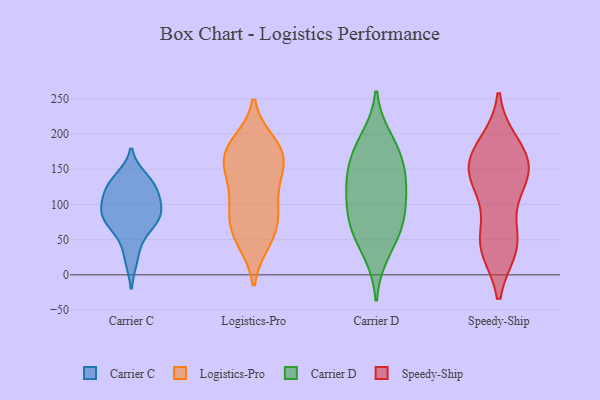
{"axis": {"x": "Headcount", "y": "Value"}, "legend": ["Carrier C", "Carrier D", "Logistics-Pro", "Speedy-Ship"], "data": [{"x": "", "y": 23, "type": "Carrier C"}, {"x": "", "y": 125, "type": "Carrier C"}, {"x": "", "y": 81, "type": "Carrier C"}, {"x": "", "y": 58, "type": "Carrier C"}, {"x": "", "y": 103, "type": "Carrier C"}, {"x": "", "y": 78, "type": "Carrier C"}, {"x": "", "y": 137, "type": "Carrier C"}, {"x": "", "y": 114, "type": "Carrier C"}, {"x": "", "y": 129, "type": "Carrier C"}, {"x": "", "y": 85, "type": "Carrier C"}, {"x": "", "y": 88, "type": "Carrier C"}, {"x": "", "y": 79, "type": "Logistics-Pro"}, {"x": "", "y": 143, "type": "Logistics-Pro"}, {"x": "", "y": 49, "type": "Logistics-Pro"}, {"x": "", "y": 105, "type": "Logistics-Pro"}, {"x": "", "y": 174, "type": "Logistics-Pro"}, {"x": "", "y": 70, "type": "Logistics-Pro"}, {"x": "", "y": 48, "type": "Logistics-Pro"}, {"x": "", "y": 148, "type": "Logistics-Pro"}, {"x": "", "y": 179, "type": "Logistics-Pro"}, {"x": "", "y": 186, "type": "Logistics-Pro"}, {"x": "", "y": 169, "type": "Logistics-Pro"}, {"x": "", "y": 170, "type": "Logistics-Pro"}, {"x": "", "y": 85, "type": "Logistics-Pro"}, {"x": "", "y": 120, "type": "Logistics-Pro"}, {"x": "", "y": 138, "type": "Carrier D"}, {"x": "", "y": 166, "type": "Carrier D"}, {"x": "", "y": 31, "type": "Carrier D"}, {"x": "", "y": 175, "type": "Carrier D"}, {"x": "", "y": 72, "type": "Carrier D"}, {"x": "", "y": 66, "type": "Carrier D"}, {"x": "", "y": 108, "type": "Carrier D"}, {"x": "", "y": 73, "type": "Carrier D"}, {"x": "", "y": 114, "type": "Carrier D"}, {"x": "", "y": 193, "type": "Carrier D"}, {"x": "", "y": 136, "type": "Carrier D"}, {"x": "", "y": 39, "type": "Speedy-Ship"}, {"x": "", "y": 45, "type": "Speedy-Ship"}, {"x": "", "y": 44, "type": "Speedy-Ship"}, {"x": "", "y": 185, "type": "Speedy-Ship"}, {"x": "", "y": 148, "type": "Speedy-Ship"}, {"x": "", "y": 169, "type": "Speedy-Ship"}, {"x": "", "y": 117, "type": "Speedy-Ship"}, {"x": "", "y": 46, "type": "Speedy-Ship"}, {"x": "", "y": 146, "type": "Speedy-Ship"}, {"x": "", "y": 151, "type": "Speedy-Ship"}, {"x": "", "y": 175, "type": "Speedy-Ship"}, {"x": "", "y": 130, "type": "Speedy-Ship"}]}